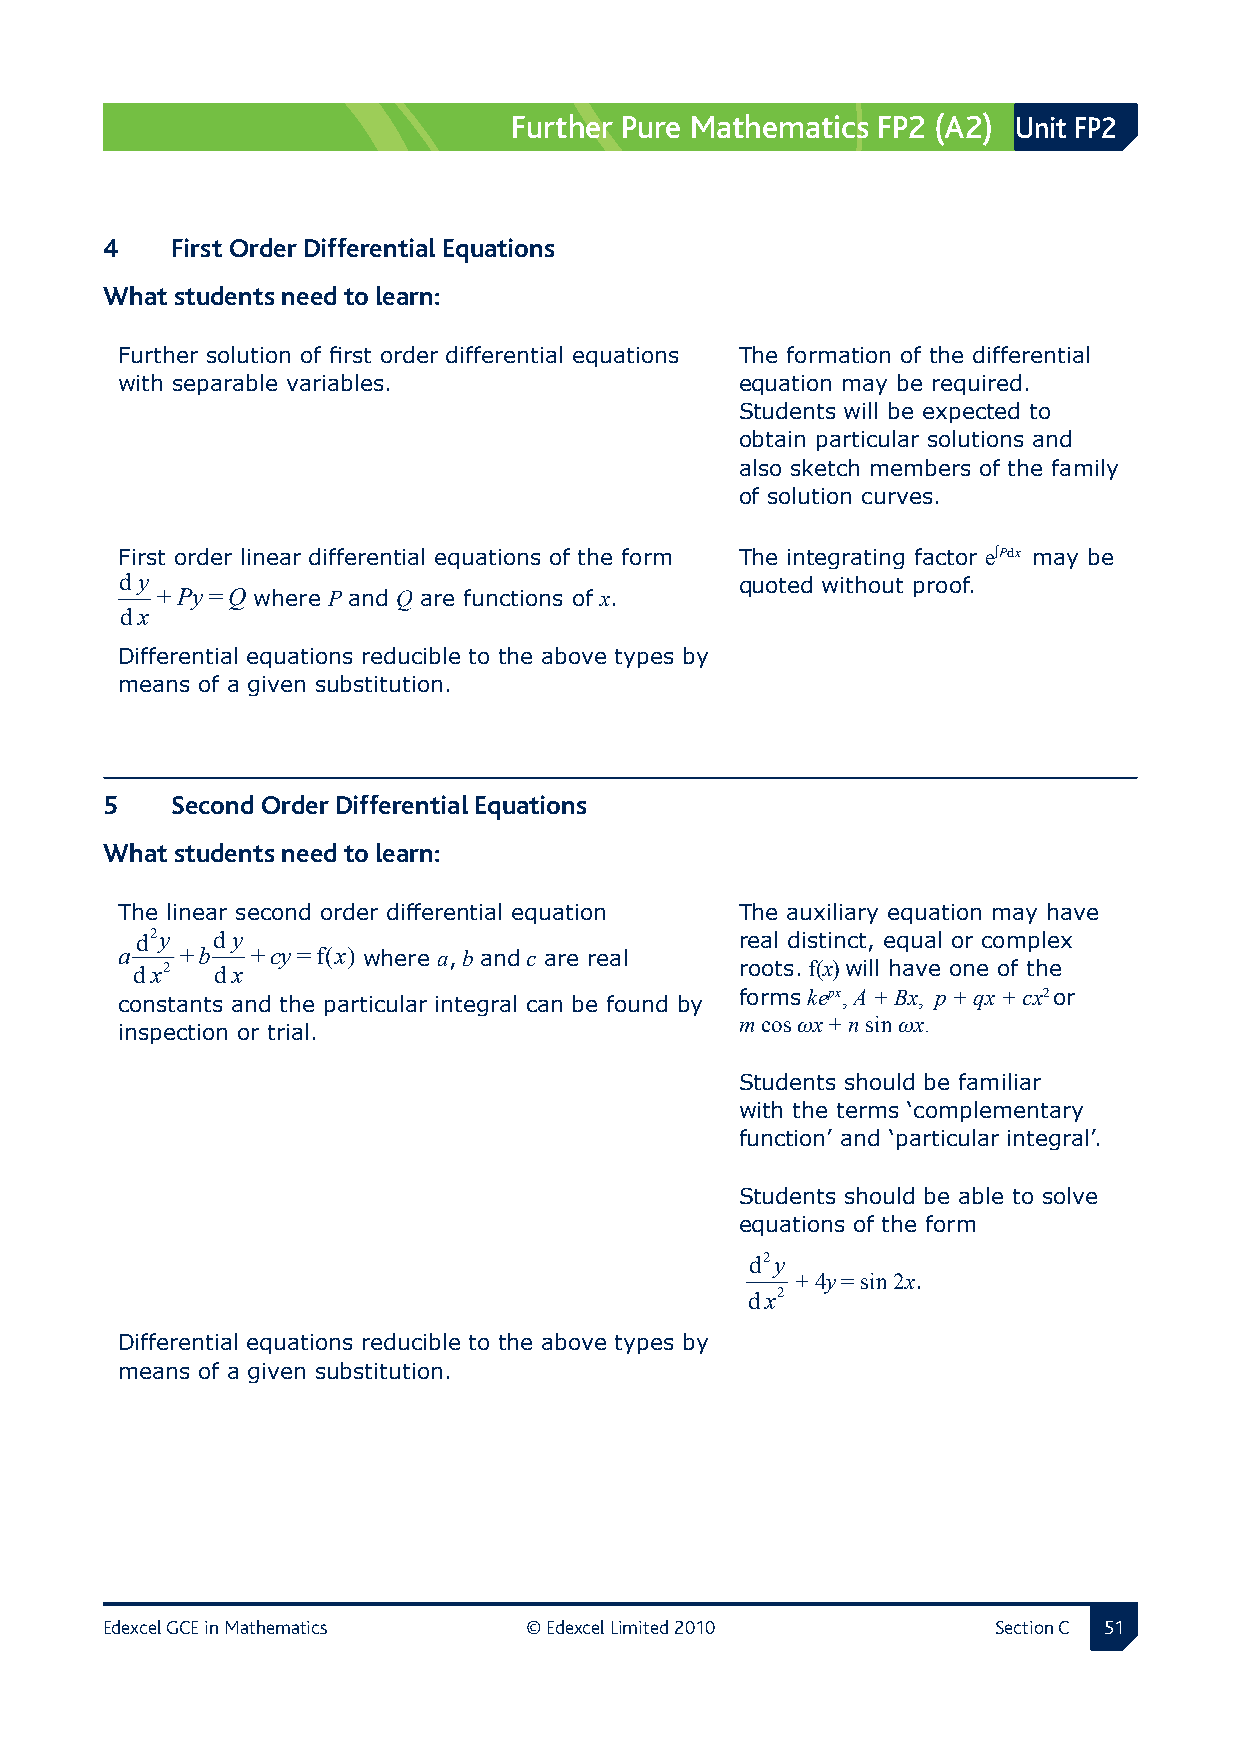
Further Pure Mathematics FP2 (A2) Unit FP2
 4  First Order Differential Equations 
 What students need to learn:
 Further solution of first order differential equations The formation of the differential
 with separable variables.                equation may be required.
 Students will be expected to
 obtain particular solutions and
 also sketch members of the family
 of solution curves.
 First order linear differential equations of the form The integrating factor e∫Pdx may be
 dy                                       quoted without proof.
 + Py = Q where P and Q are functions of x.
 dx
 Differential equations reducible to the above types by
 means of a given substitution.
 5  Second Order Differential Equations
 What students need to learn:
 The linear second order differential equation The auxiliary equation may have
 d2y  dy                                 real distinct, equal or complex
 a   + b  + cy = f(x) where a, b and c are real
 dx2  dx                                 roots. f(x) will have one of the
 constants and the particular integral can be found by forms kepx, A + Bx, p + qx + cx2 or
 m cos ωx + n sin ωx.
 inspection or trial.
 Students should be familiar
 with the terms ‘complementary
 function’ and ‘particular integral’.
 Students should be able to solve
 equations of the form
 d2y
 + 4y = sin 2x.
 dx2
 Differential equations reducible to the above types by
 means of a given substitution.
 Edexcel GCE in Mathematics  © Edexcel Limited 2010         Section C 1